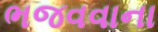
ભજવવાના